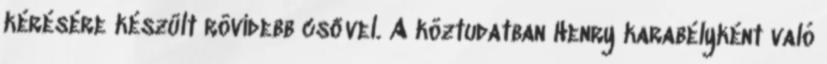
kérésére készült rövidebb csővel. A köztudatban Henry karabélyként való